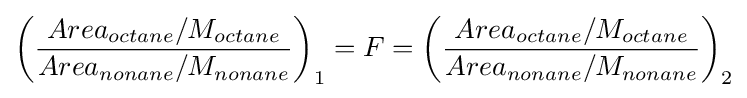
{\left({{Area_{octane}/M_{octane}} \over {Area_{nonane}/M_{nonane}}}\right)}_{1}=F={\left({{Area_{octane}/M_{octane}} \over {Area_{nonane}/M_{nonane}}}\right)}_{2}